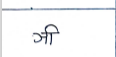
मजकूर: ञी